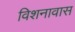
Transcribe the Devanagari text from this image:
विशनावास